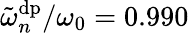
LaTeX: \tilde{\omega}_{n}^{\mathrm{dp}}/\omega_{0}=0.990